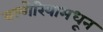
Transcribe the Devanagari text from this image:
बल्गेरियामधून